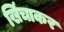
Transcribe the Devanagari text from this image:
खिंचाकर